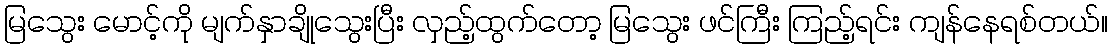
မြသွေး မောင့်ကို မျက်နှာချိုသွေးပြီး လှည့်ထွက်တော့ မြသွေး ဖင်ကြီး ကြည့်ရင်း ကျန်နေရစ်တယ်။